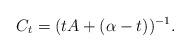
LaTeX: \begin{align*} C_t = (tA+(\alpha-t))^{-1}.\end{align*}